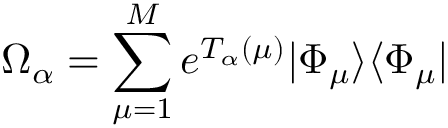
\Omega _ { \alpha } = \sum _ { \mu = 1 } ^ { M } e ^ { T _ { \alpha } ( \mu ) } | \Phi _ { \mu } \rangle \langle \Phi _ { \mu } |